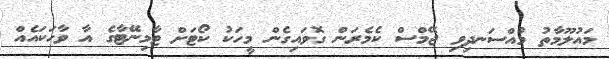
މައުލޫމާތު މުއްސަނދިވި ޖޭމްސް ކެމެރަން ގޮވައިގެން މީހަކު ކޯޓަށް ޓާމިނޭޓާގެ އާ ވާހަކައެއް